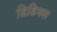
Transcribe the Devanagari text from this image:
डिडियस